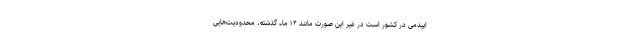
اپیدمی در کشور است در غیر این صورت مانند ۱۴ ماه گذشته، محدودیت‌هایی